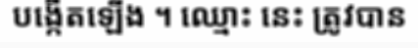
បង្កើតឡើង ។ ឈ្មោះ នេះ ត្រូវបាន